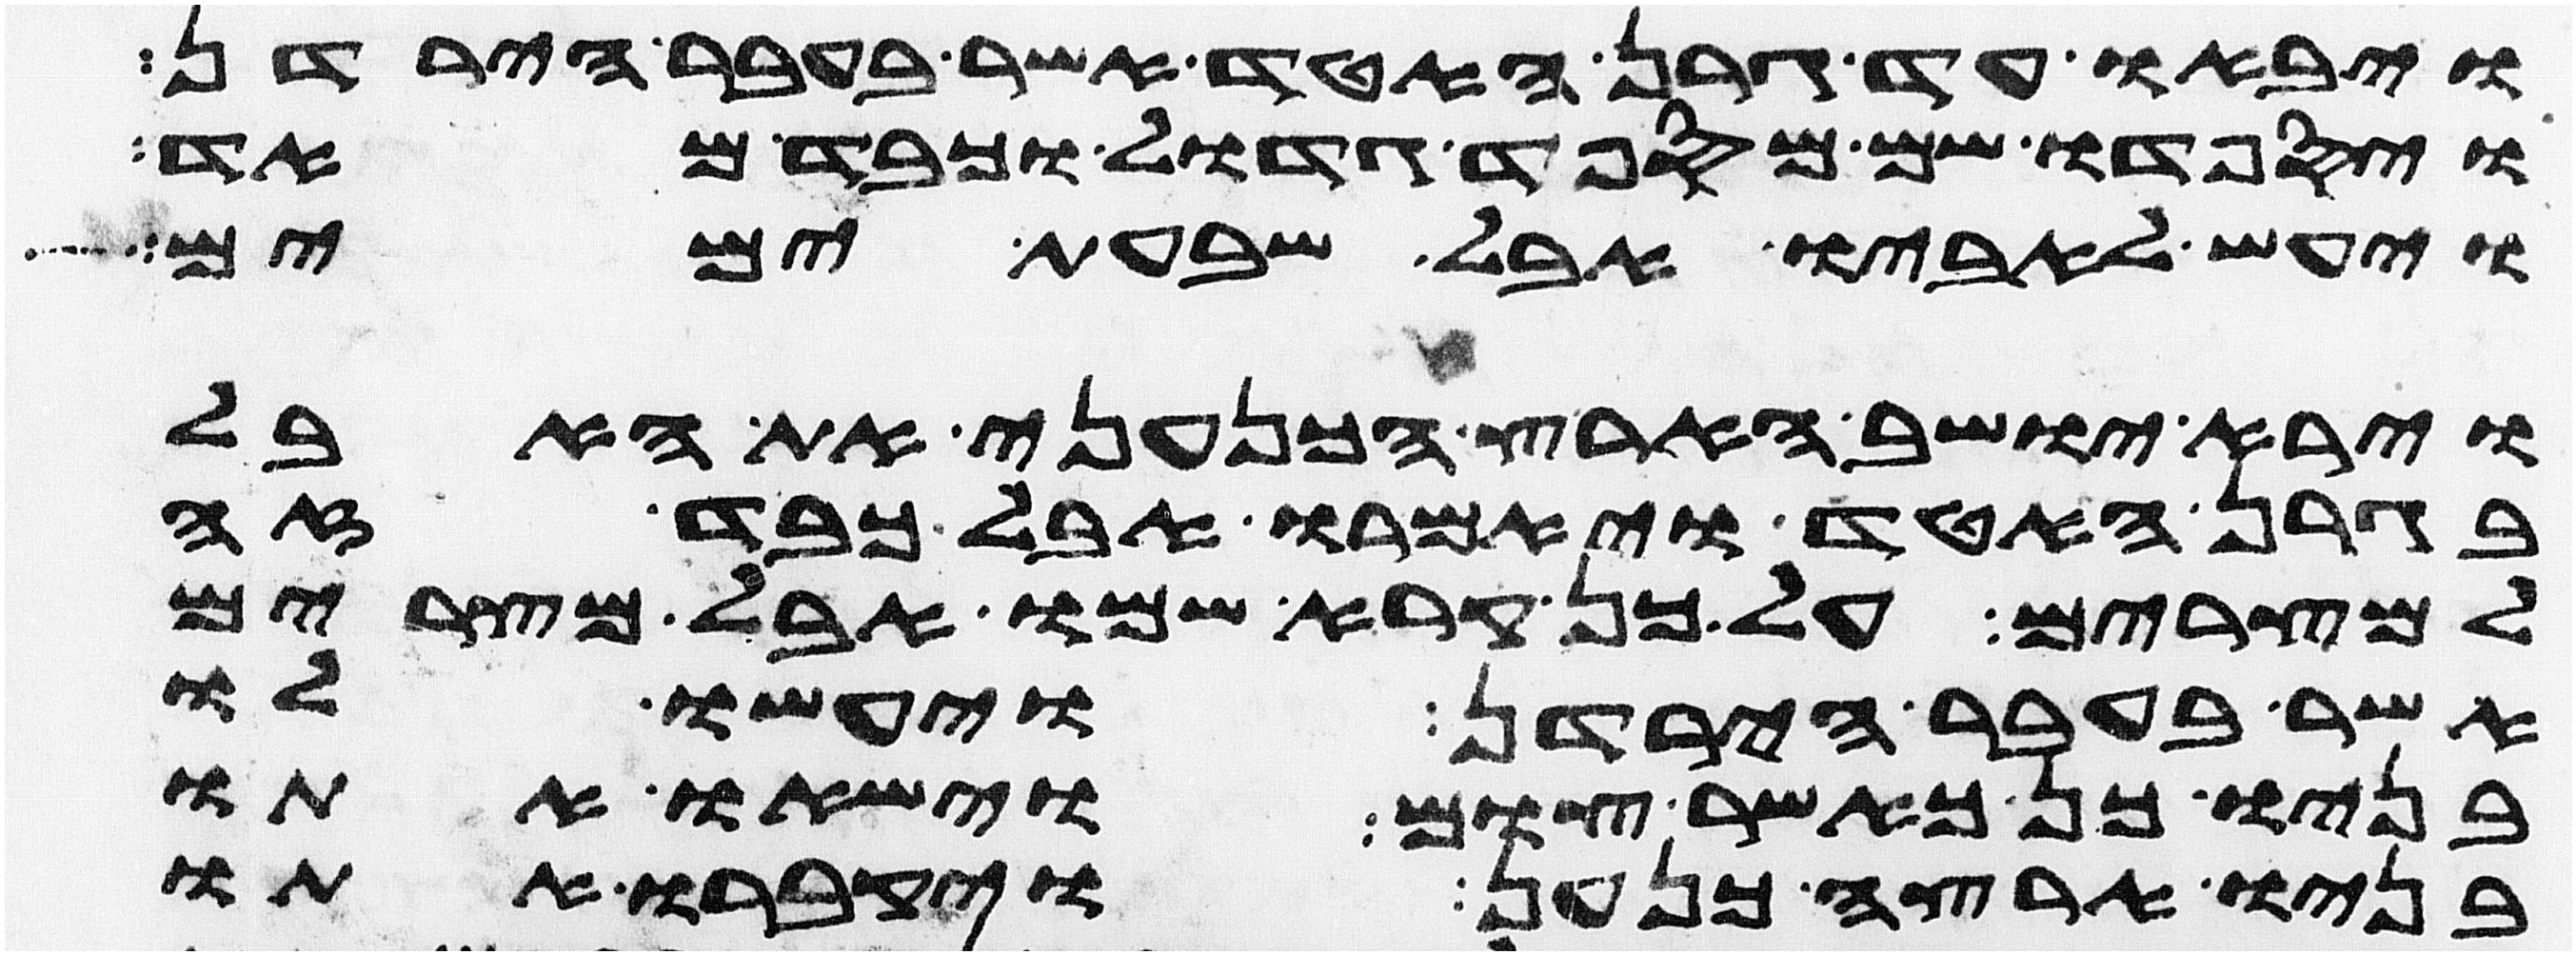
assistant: ויבאו עד גרן האטד אשר בעבר הירדן
ויספדו שם מספד גדול וכבד מאד
ויעש לאביו אבל שבעת ימים
וירא יושב הארץ הכנעני את האבל
בגרן האטד ויאמרו אבל כבד זה
למצרים על כן קרא שמו אבל מצרים
אשר בעבר הירדן ויעשו לו
בניו כן כאשר צום וישאו אתו
בניו ארצה כנען ויקברו אתו